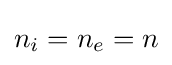
n_{i}=n_{e}=n